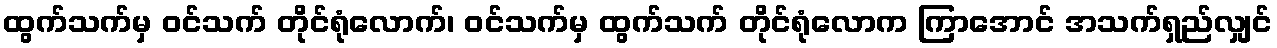
ထွက်သက်မှ ဝင်သက် တိုင်ရုံလောက်၊ ဝင်သက်မှ ထွက်သက် တိုင်ရုံလောက ကြာအောင် အသက်ရှည်လျှင်